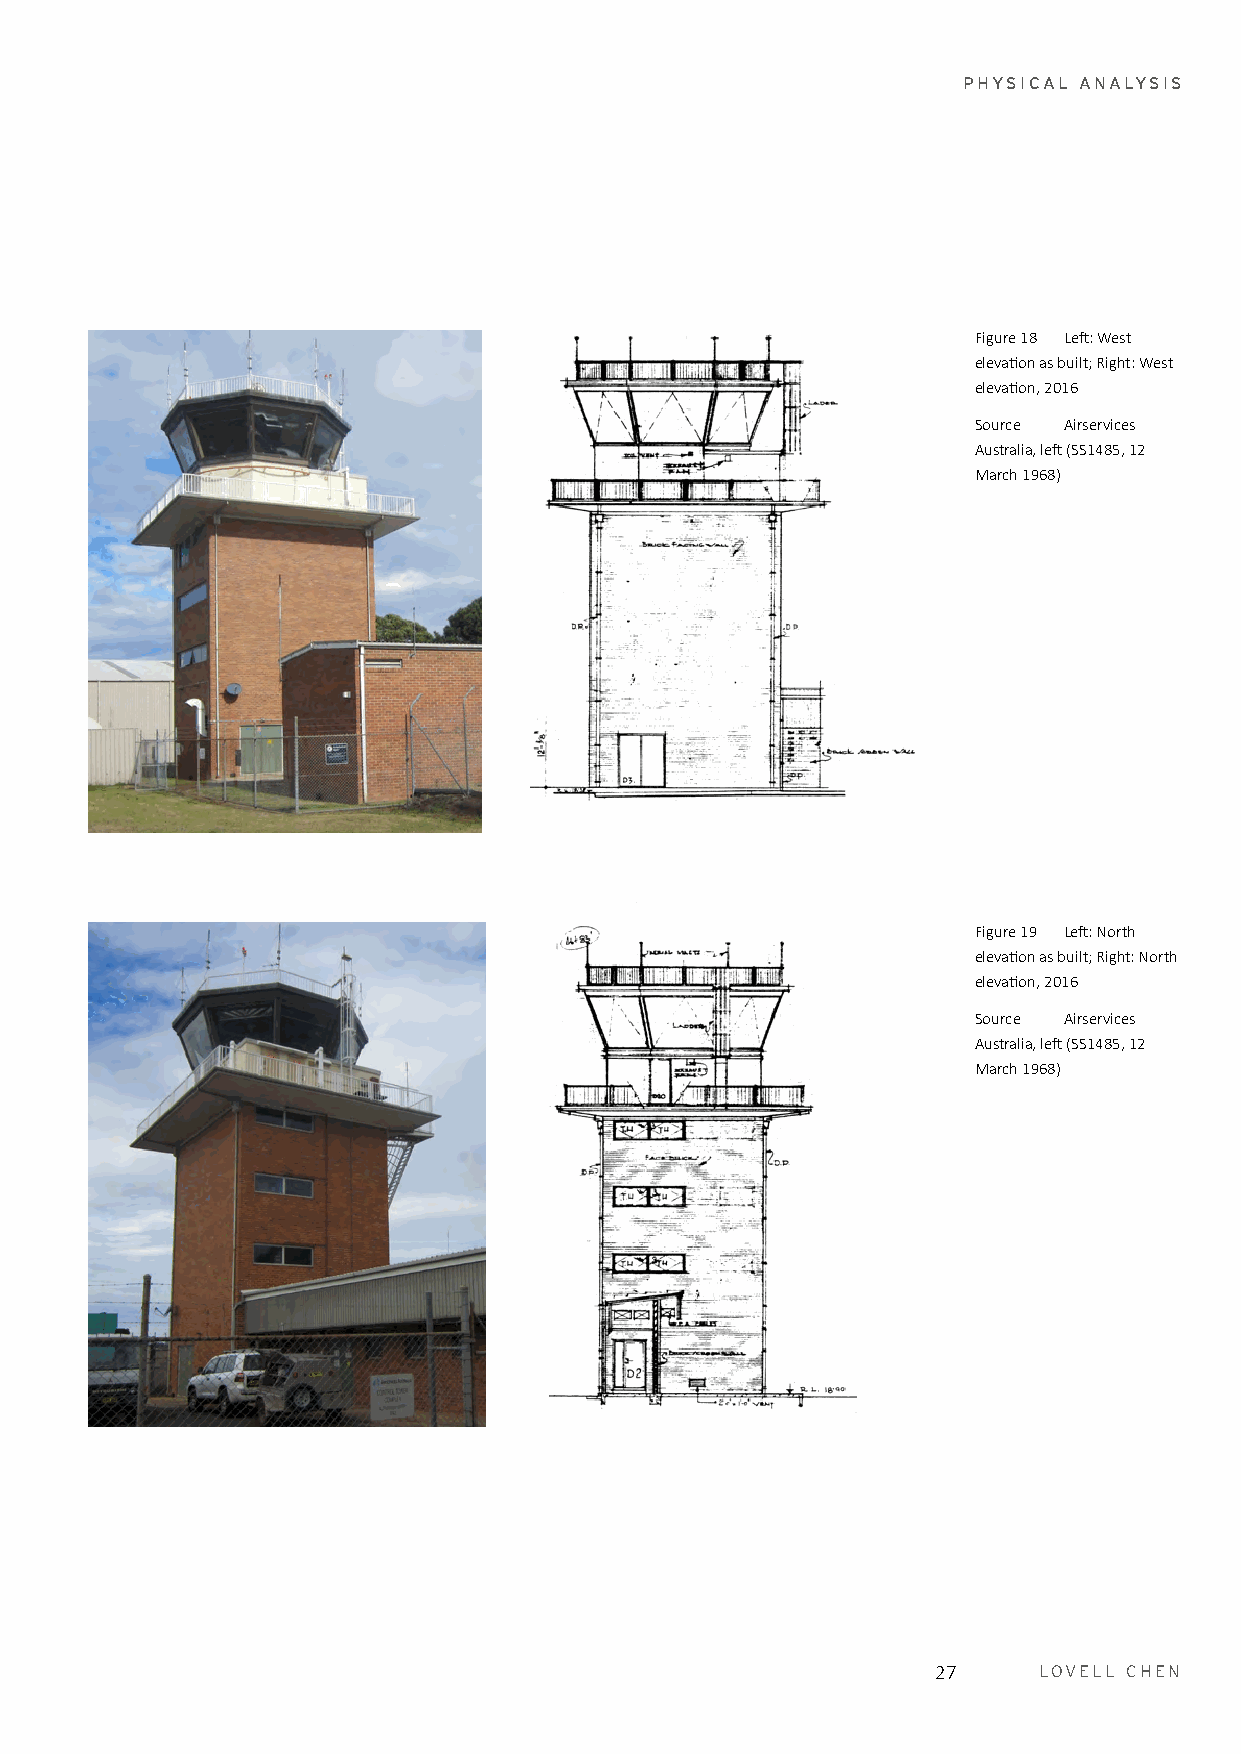
PHYSICAL ANALYSIS
 Figure 18 Left: West
 elevation as built; Right: West
 elevation, 2016
 Source Airservices
 Australia, left (SS1485, 12
 March 1968)
 Figure 19 Left: North
 elevation as built; Right: North
 elevation, 2016
 Source Airservices
 Australia, left (SS1485, 12
 March 1968)
 27     LOVELL CHEN